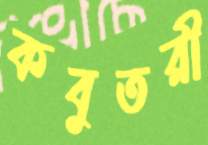
কবুতরী